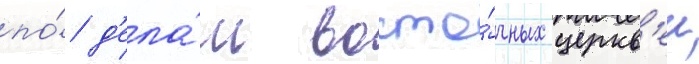
по́ д'ела́м восто́чных церкв'еи